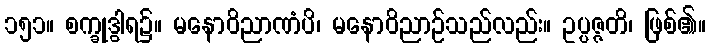
၁၅၁။ စက္ခုဒွါရ၌။ မနောဝိညာဏံပိ၊ မနောဝိညာဉ်သည်လည်း။ ဥပ္ပဇ္ဇတိ၊ ဖြစ်၏။